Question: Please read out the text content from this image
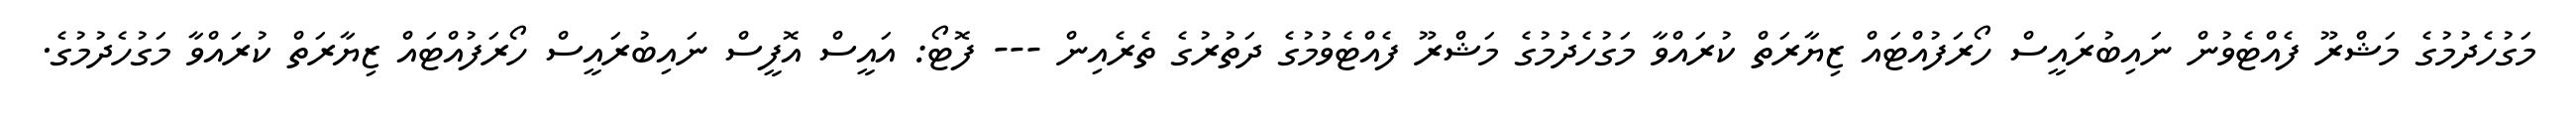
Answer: މަގުހެދުމުގެ މަޝްރޫ ފެއްޓެވުން ނައިބުރައީސް ހޯރަފުއްޓައް ޒިޔާރަތް ކުރައްވާ މަގުހެދުމުގެ މަޝްރޫ ފެއްޓެވުމުގެ ދަތުރުގެ ތެރެއިން --- ފޮޓޯ: އައީސް އޮފީސް ނައިބުރައީސް ހޯރަފުއްޓައް ޒިޔާރަތް ކުރައްވާ މަގުހެދުމުގެ.